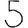
Digit: 5